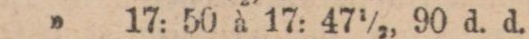
” 17: 50 à 17: 47½ 90 d. d.